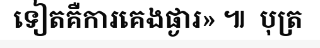
ទៀតគឺការគេងផ្ងារ» ៕  បុត្រ